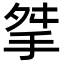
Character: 𢫰